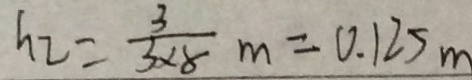
h _ { 2 } = \frac { 3 } { 3 \times 8 } m = 0 . 1 2 5 m